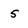
Character: 5